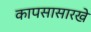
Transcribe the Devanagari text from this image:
कापसासारखे